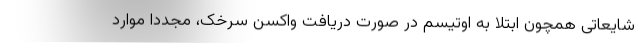
شایعاتی همچون ابتلا به اوتیسم در صورت دریافت واکسن سرخک، مجددا موارد